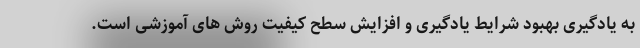
به یادگیری بهبود شرایط یادگیری و افزایش سطح کیفیت روش های آموزشی است.